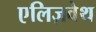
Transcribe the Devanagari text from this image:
एलिज़वेथ